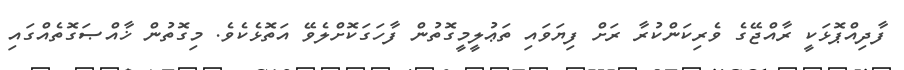
ފާދިއްޕޮޅަކީ ރާއްޖޭގެ ވެރިކަންކުރާ ރަށް ފިޔަވައި ތަޢުލީމީގޮތުން ފާހަގަކޮށްލެވޭ އަތޮޅެކެވެ. މިގޮތުން ޚާއްޞަގޮތެއްގައި